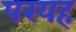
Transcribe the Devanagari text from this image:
परयह